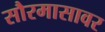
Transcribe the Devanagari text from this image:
सौरमासावर